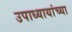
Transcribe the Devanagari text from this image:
उपाध्यायांच्या